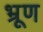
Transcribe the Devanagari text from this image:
भ्रूण